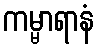
ကမ္မာရာနံ